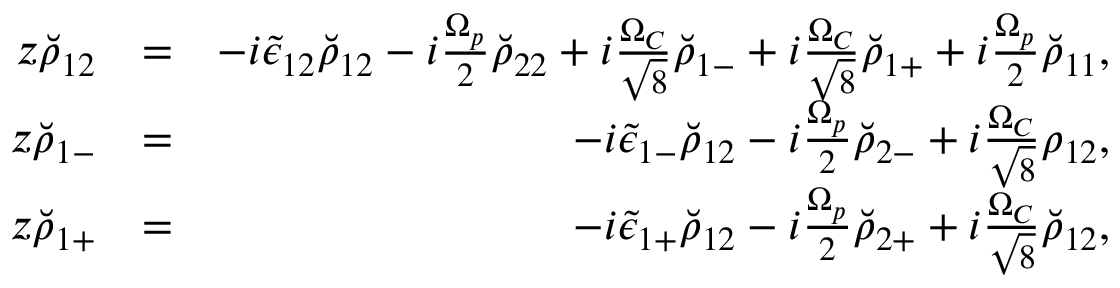
\begin{array} { r l r } { z \breve { \rho } _ { 1 2 } } & { = } & { - i \tilde { \epsilon } _ { 1 2 } \breve { \rho } _ { 1 2 } - i \frac { \Omega _ { p } } { 2 } \breve { \rho } _ { 2 2 } + i \frac { \Omega _ { C } } { \sqrt { 8 } } \breve { \rho } _ { 1 - } + i \frac { \Omega _ { C } } { \sqrt { 8 } } \breve { \rho } _ { 1 + } + i \frac { \Omega _ { p } } { 2 } \breve { \rho } _ { 1 1 } , } \\ { z \breve { \rho } _ { 1 - } } & { = } & { - i \tilde { \epsilon } _ { 1 - } \breve { \rho } _ { 1 2 } - i \frac { \Omega _ { p } } { 2 } \breve { \rho } _ { 2 - } + i \frac { \Omega _ { C } } { \sqrt { 8 } } \rho _ { 1 2 } , } \\ { z \breve { \rho } _ { 1 + } } & { = } & { - i \tilde { \epsilon } _ { 1 + } \breve { \rho } _ { 1 2 } - i \frac { \Omega _ { p } } { 2 } \breve { \rho } _ { 2 + } + i \frac { \Omega _ { C } } { \sqrt { 8 } } \breve { \rho } _ { 1 2 } , } \end{array}